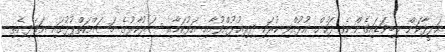
ޚަލީފާކަން ލިބިވަޑައިގެންނެވި ފަހުން އުޅުއްވި ކުރަކި ދިރިއުޅުއްވުމާއި އަޅުކަމާއި ސަރުކާރުގެ މަސައްކަތްޕުޅުގައި އަވަދިނެތި